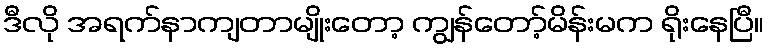
ဒီလို အရက်နာကျတာမျိုးတော့ ကျွန်တော့်မိန်းမက ရိုးနေပြီ။